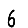
Digit: 6